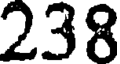
238